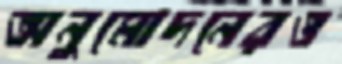
অনুমোদনেরও